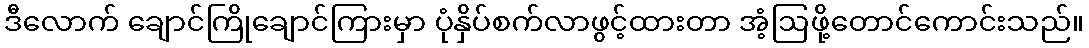
ဒီလောက် ချောင်ကြိုချောင်ကြားမှာ ပုံနှိပ်စက်လာဖွင့်ထားတာ အံ့ဩဖို့တောင်ကောင်းသည်။